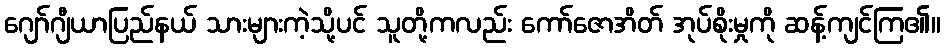
ဂျော်ဂျီယာပြည်နယ် သားများကဲ့သို့ပင် သူတို့ကလည်း ကော်ဇောအိတ် အုပ်စိုးမှုကို ဆန့်ကျင်ကြ၏။